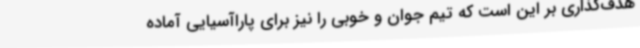
هدف‌گذاری بر این است که تیم جوان و خوبی را نیز برای پاراآسیایی آماده